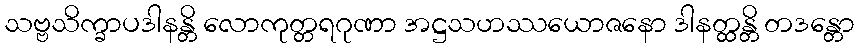
သဗ္ဗသိက္ခာပဒါနန္တိ လောကုတ္တရဂုဏာ အဋ္ဌသဟဿယောဇနော ဒါနတ္ထန္တိ တဒန္တော